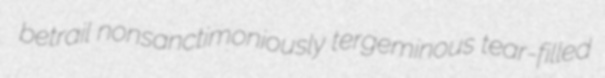
betrail nonsanctimoniously tergeminous tear-filled